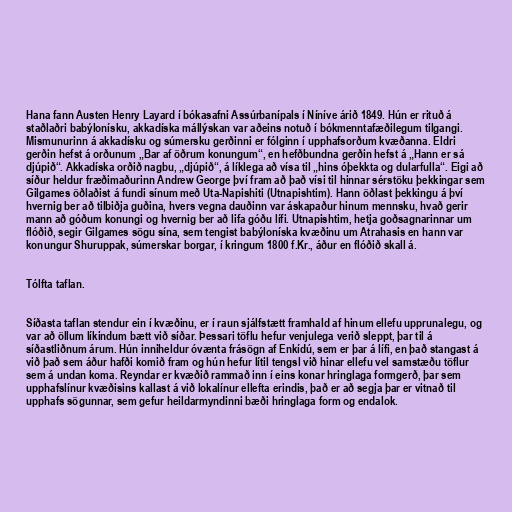
Hana fann Austen Henry Layard í bókasafni Assúrbanípals í Níníve árið 1849. Hún er rituð á
staðlaðri babýlonísku, akkadíska mállýskan var aðeins notuð í bókmenntafæðilegum tilgangi.
Mismunurinn á akkadísku og súmersku gerðinni er fólginn í upphafsorðum kvæðanna. Eldri
gerðin hefst á orðunum „Bar af öðrum konungum“, en hefðbundna gerðin hefst á „Hann er sá
djúpið“. Akkadíska orðið nagbu, „djúpið“, á líklega að vísa til „hins óþekkta og dularfulla“. Eigi að
síður heldur fræðimaðurinn Andrew George því fram að það vísi til hinnar sérstöku þekkingar sem
Gilgames öðlaðist á fundi sínum með Uta-Napishiti (Utnapishtim). Hann öðlast þekkingu á því
hvernig ber að tilbiðja guðina, hvers vegna dauðinn var áskapaður hinum mennsku, hvað gerir
mann að góðum konungi og hvernig ber að lifa góðu lífi. Utnapishtim, hetja goðsagnarinnar um
flóðið, segir Gilgames sögu sína, sem tengist babýloníska kvæðinu um Atrahasis en hann var
konungur Shuruppak, súmerskar borgar, í kringum 1800 f.Kr., áður en flóðið skall á.

Tólfta taflan.

Síðasta taflan stendur ein í kvæðinu, er í raun sjálfstætt framhald af hinum ellefu upprunalegu, og
var að öllum líkindum bætt við síðar. Þessari töflu hefur venjulega verið sleppt, þar til á
síðastliðnum árum. Hún inniheldur óvænta frásögn af Enkídú, sem er þar á lífi, en það stangast á
við það sem áður hafði komið fram og hún hefur lítil tengsl við hinar ellefu vel samstæðu töflur
sem á undan koma. Reyndar er kvæðið rammað inn í eins konar hringlaga formgerð, þar sem
upphafslínur kvæðisins kallast á við lokalínur ellefta erindis, það er að segja þar er vitnað til
upphafs sögunnar, sem gefur heildarmyndinni bæði hringlaga form og endalok.